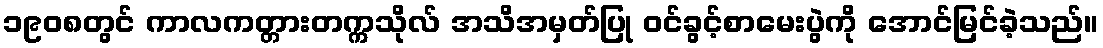
၁၉၀၈တွင် ကာလကတ္တားတက္ကသိုလ် အသိအမှတ်ပြု ဝင်ခွင့်စာမေးပွဲကို အောင်မြင်ခဲ့သည်။